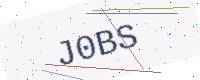
Text: J0BS